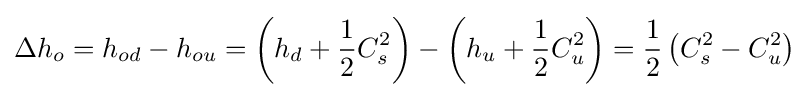
\Delta h_{o}=h_{od}-h_{ou}=\left(h_{d}+{\frac {1}{2}}C_{s}^{2}\right)-\left(h_{u}+{\frac {1}{2}}C_{u}^{2}\right)={\frac {1}{2}}\left(C_{s}^{2}-C_{u}^{2}\right)